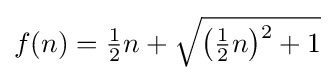
{\textstyle f(n)={\tfrac {1}{2}}n+{\sqrt {{\bigl (}{\tfrac {1}{2}}n{\bigr )}{\vphantom {)}}^{2}+1}}}